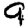
Digit: 9